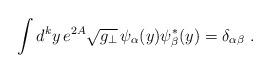
LaTeX: \begin{align*}\int d^ky \,e^{2A} \sqrt{g_\perp}\, \psi_\alpha(y) \psi_\beta^*(y)= \delta_{\alpha\beta}\ . \end{align*}